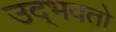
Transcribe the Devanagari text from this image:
उद्‌भवतो